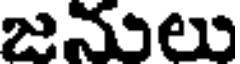
జనులు